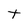
Character: t